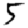
Digit: 5